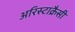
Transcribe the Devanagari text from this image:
अरिस्टाक्रैसी